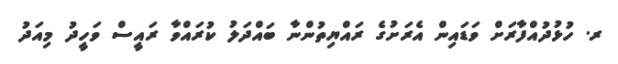
ރ. ހުޅުދުއްފާރަށް ވަޑައިން އެރަށުގެ ރައްޔިތުންނާ ބައްދަލު ކުރައްވާ ރައީސް ވަހީދު މިއަދު